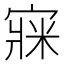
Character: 㝥